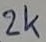
Text: 2K